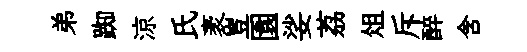
弟踟涼氏袤豈園娑荔俎斥醉含